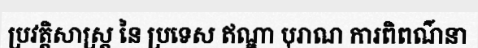
ប្រវត្តិសាស្ត្រ នៃ ប្រទេស ឥណ្ឌា បុរាណ ការពិពណ៌នា